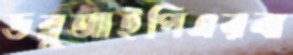
ডব্লুআইপিএরবা